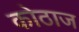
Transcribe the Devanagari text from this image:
कोठाज